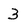
Character: 3